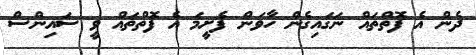
ދެން އެ ފޮތްތައް ނަގައިގެން ހާވަން ފެށީމަ އެ ފޮތްތައް ވީ ސައިންސް